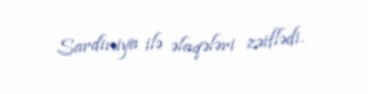
Sardiniya ilə əlaqələri zəiflədi.